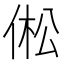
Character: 倯